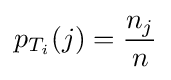
p_{T_{i}}(j)={\frac {n_{j}}{n}}